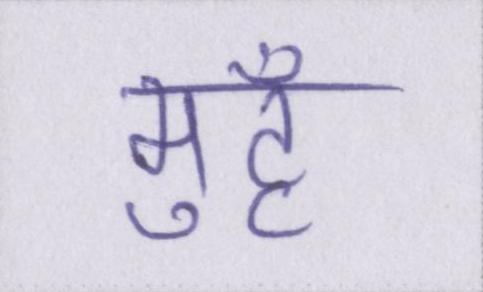
मुहँ